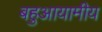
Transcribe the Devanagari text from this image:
बहुआयामीय